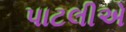
પાટલીએ